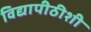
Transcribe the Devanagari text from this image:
विद्यापीठीशी